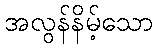
အလွန်နိမ့်သော